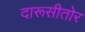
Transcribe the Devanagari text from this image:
दारूसीतोर